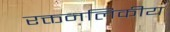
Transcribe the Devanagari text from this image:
रक्तनलिकीय